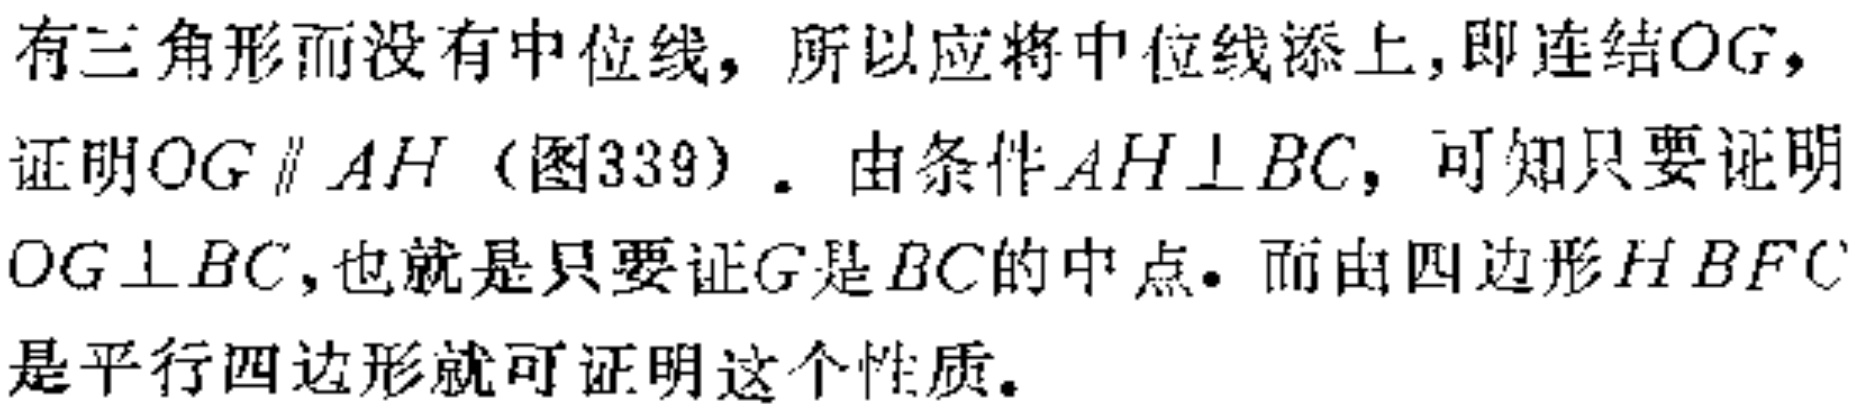
有三角形而没有中位线，所以应将中位线添上,即连结\(OG\)，
证明\(OG\parallel AH\)（图339）. 由条件\(AH\perp BC\)，可知只要证明
\(OG\perp BC\)，也就是只要证\(G\)是\(BC\)的中点. 而由四边形\(HBFC\)
是平行四边形就可证明这个性质.